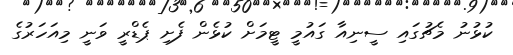
ކުޅުނު މެޗުގައި ސީނިއާ ގައުމީ ޓީމަށް ކުޅެން ފެށި ޕެޑްރީ ވަނީ މިއަހަރުގެ